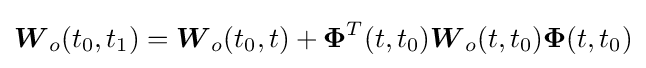
{\boldsymbol {W}}_{o}(t_{0},t_{1})={\boldsymbol {W}}_{o}(t_{0},t)+{\boldsymbol {\Phi }}^{T}(t,t_{0}){\boldsymbol {W}}_{o}(t,t_{0}){\boldsymbol {\Phi }}(t,t_{0})